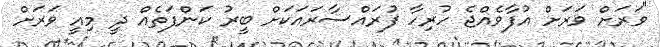
"ވަރަށް ވަރަށް އުފާވެއްޖެ ހުރިހާ ފުރައްސާރައަކަށް ބީރު ކަންފަތެއް ދީ މިއީ ވަރަށް